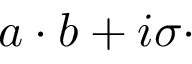
a \cdot b + i \sigma \cdot